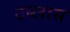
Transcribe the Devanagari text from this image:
टब्लास